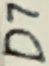
Text: D7